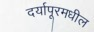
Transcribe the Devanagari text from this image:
दर्यापूरमधील